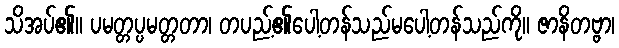
သိအပ်၏။ ပမတ္တပ္ပမတ္တတာ၊ တပည့်၏ပေါ့တန်သည်မပေါ့တန်သည်ကို။ ဇာနိတဗ္ဗာ၊